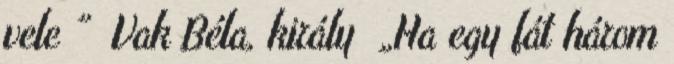
vele ” Vak Béla, király „Ha egy fát három